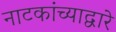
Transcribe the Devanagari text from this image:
नाटकांच्याद्वारे